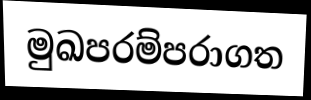
මුඛපරම්පරාගත